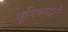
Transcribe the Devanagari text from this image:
भूमिकाद्वारे